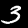
Label: 3